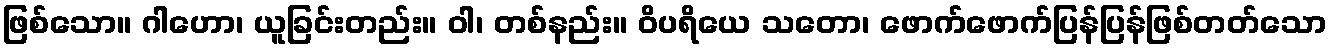
ဖြစ်သော။ ဂါဟော၊ ယူခြင်းတည်း။ ဝါ၊ တစ်နည်း။ ဝိပရိယေ သတော၊ ဖောက်ဖောက်ပြန်ပြန်ဖြစ်တတ်သော